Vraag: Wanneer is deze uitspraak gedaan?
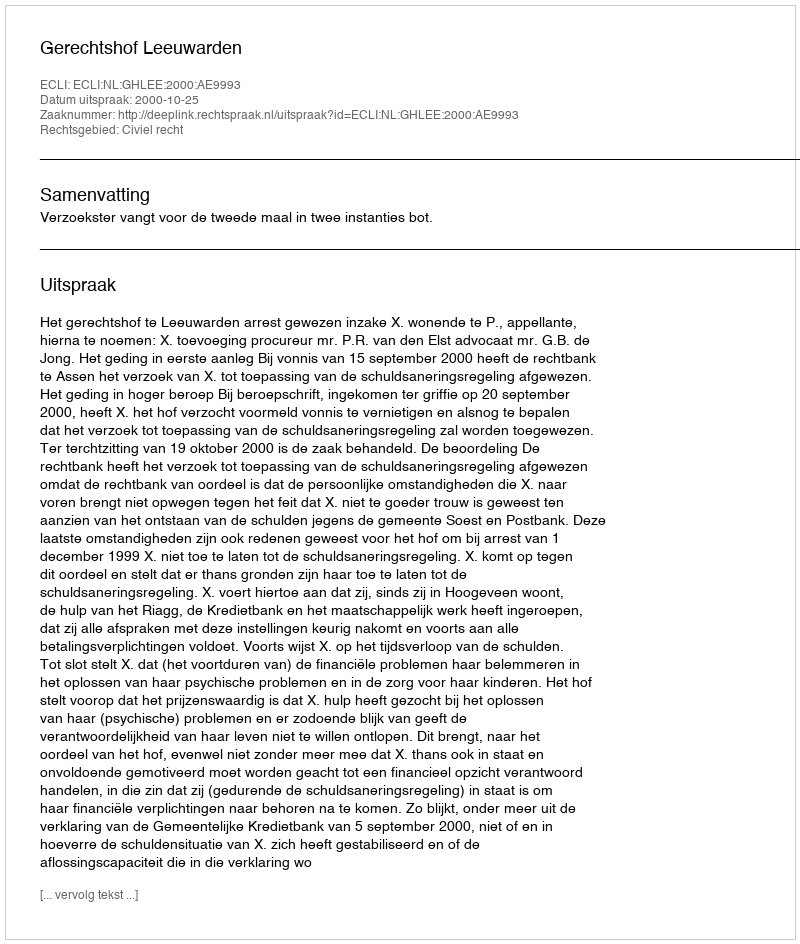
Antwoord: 2000-10-25